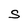
Character: S